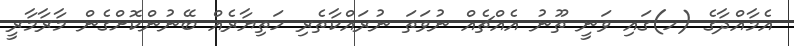
އެމާއްދާގެ (ހ)ގައި ވަނީ ތޫނު އެއްޗެއް ނުވަތަ ނުރައްކާތެރި ހަތިޔާރެއް ބޭނުންކޮށްގެން މާރާމާރީ